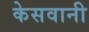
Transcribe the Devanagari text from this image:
केसवानी